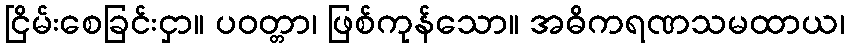
ငြိမ်းစေခြင်းငှာ။ ပဝတ္တာ၊ ဖြစ်ကုန်သော။ အဓိကရဏသမထာယ၊